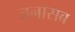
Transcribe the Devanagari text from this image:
तनासब